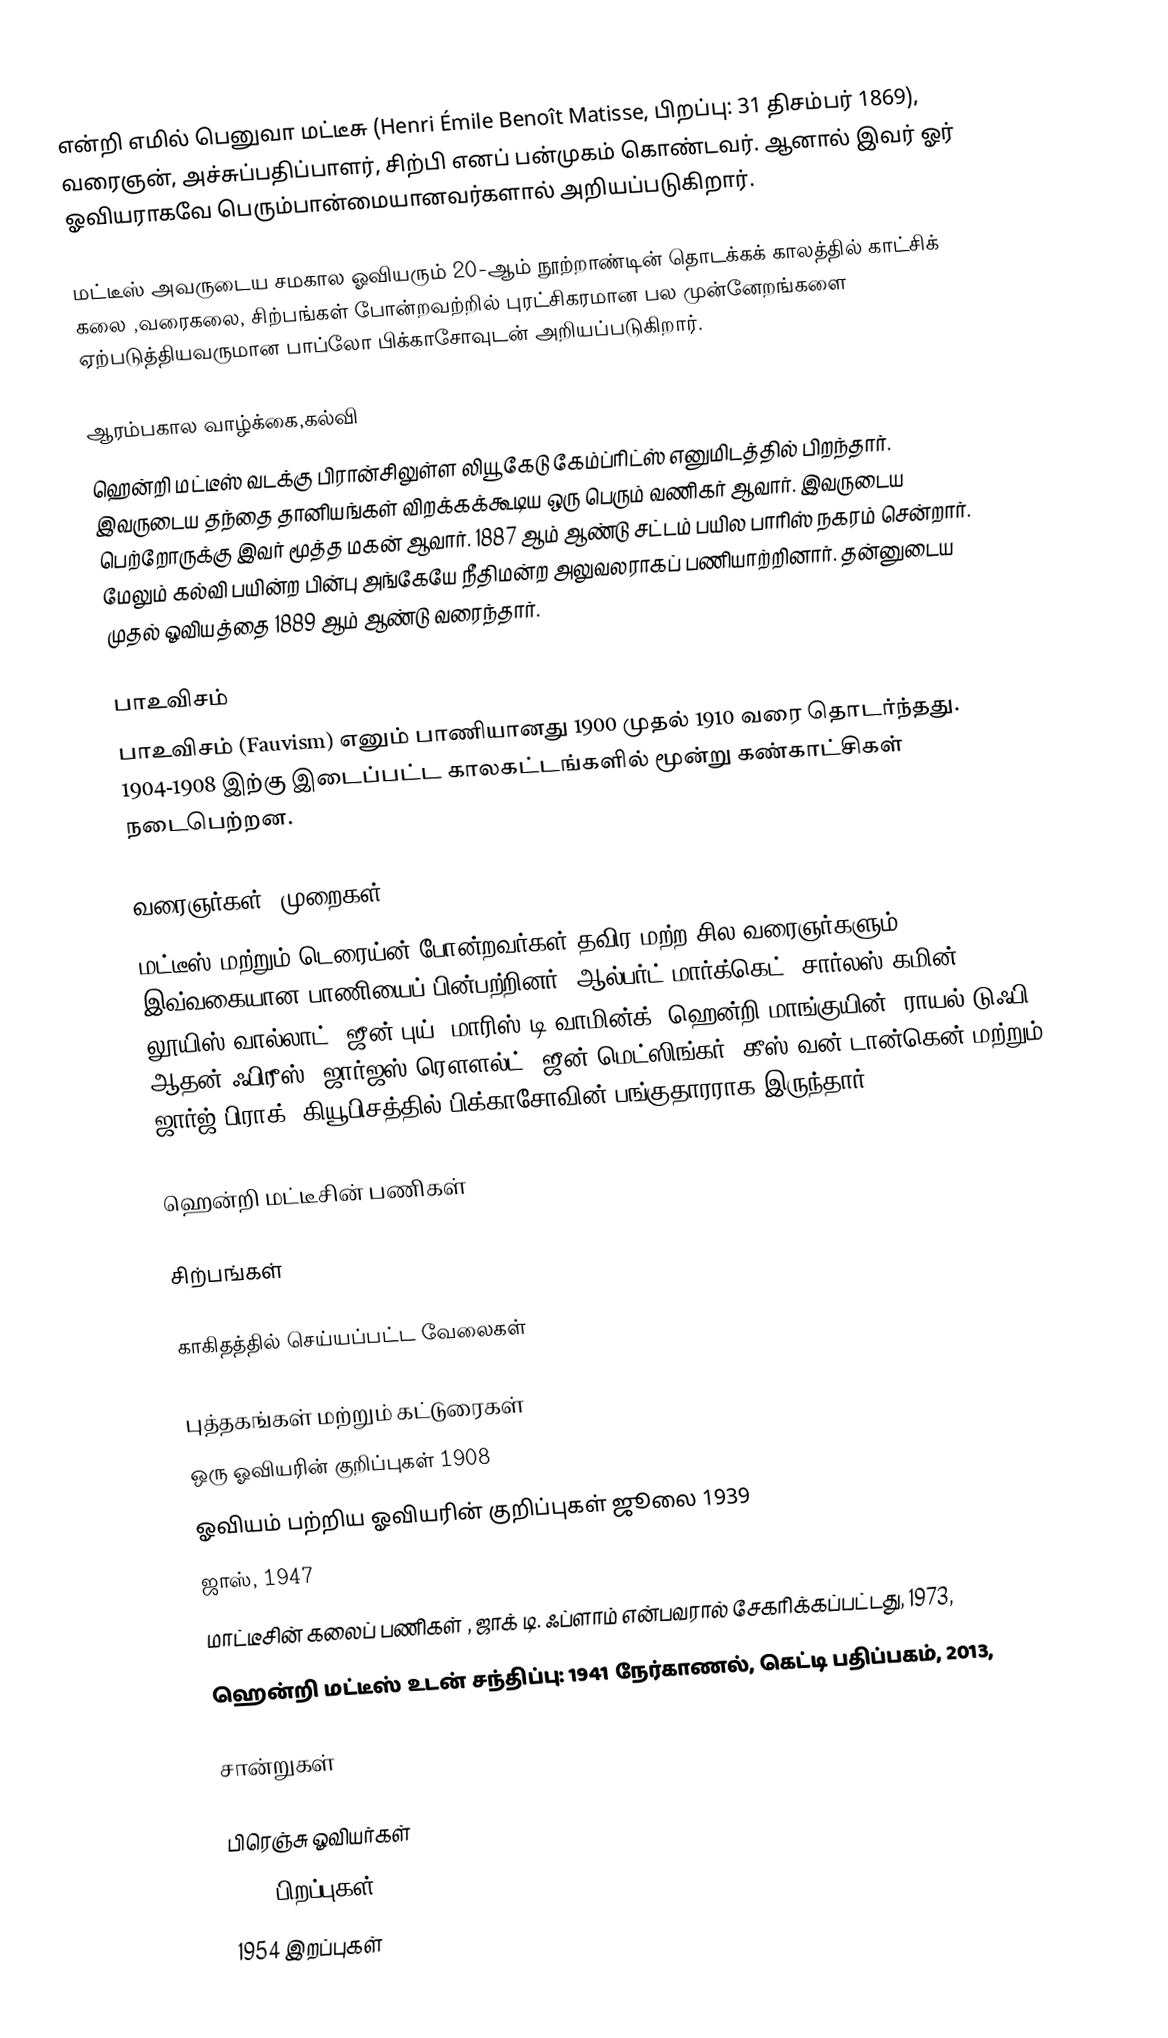
என்றி எமில் பெனுவா மட்டீசு (Henri Émile Benoît Matisse, பிறப்பு: 31 திசம்பர் 1869), வரைஞன், அச்சுப்பதிப்பாளர், சிற்பி எனப் பன்முகம் கொண்டவர். ஆனால் இவர் ஓர் ஓவியராகவே பெரும்பான்மையானவர்களால் அறியப்படுகிறார்.

மட்டீஸ்  அவருடைய சமகால ஓவியரும் 20-ஆம் நூற்றாண்டின்  தொடக்கக் காலத்தில் காட்சிக் கலை ,வரைகலை, சிற்பங்கள் போன்றவற்றில் புரட்சிகரமான பல முன்னேறங்களை ஏற்படுத்தியவருமான பாப்லோ பிக்காசோவுடன் அறியப்படுகிறார்.

ஆரம்பகால வாழ்க்கை,கல்வி
ஹென்றி மட்டீஸ் வடக்கு பிரான்சிலுள்ள லியூ கேடு கேம்ப்ரிட்ஸ் எனுமிடத்தில் பிறந்தார். இவருடைய தந்தை தானியங்கள் விறக்கக்கூடிய ஒரு பெரும் வணிகர் ஆவார். இவருடைய பெற்றோருக்கு இவர் மூத்த மகன் ஆவார். 1887 ஆம் ஆண்டு சட்டம் பயில பாரிஸ் நகரம் சென்றார். மேலும் கல்வி பயின்ற பின்பு அங்கேயே நீதிமன்ற அலுவலராகப் பணியாற்றினார். தன்னுடைய முதல் ஓவியத்தை 1889 ஆம் ஆண்டு வரைந்தார்.

பாஉவிசம்
பாஉவிசம் (Fauvism) எனும் பாணியானது 1900 முதல் 1910 வரை தொடர்ந்தது. 1904-1908 இற்கு இடைப்பட்ட காலகட்டங்களில் மூன்று கண்காட்சிகள் நடைபெற்றன.

வரைஞர்கள் ,முறைகள்
மட்டீஸ் மற்றும் டெரைய்ன் போன்றவர்கள் தவிர மற்ற சில வரைஞர்களும் இவ்வகையான பாணியைப் பின்பற்றினர். ஆல்பர்ட் மார்க்கெட், சார்லஸ் கமின், லூயிஸ் வால்லாட், ஜீன் புய், மாரிஸ் டி வாமின்க், ஹென்றி மாங்குயின், ராயல் டுஃபி, ஆதன்  ஃபிரீஸ், ஜார்ஜஸ் ரௌௗல்ட், ஜீன் மெட்ஸிங்கர், கீஸ் வன் டான்கென்  மற்றும் ஜார்ஜ் பிராக் (கியூபிசத்தில் பிக்காசோவின் பங்குதாரராக இருந்தார் )

ஹென்றி மட்டீசின் பணிகள்

சிற்பங்கள்

காகிதத்தில் செய்யப்பட்ட வேலைகள்

புத்தகங்கள் மற்றும் கட்டுரைகள்
  ஒரு ஓவியரின் குறிப்புகள் 1908
  ஓவியம் பற்றிய ஓவியரின் குறிப்புகள் ஜூலை 1939
  ஜாஸ், 1947
  மாட்டீசின் கலைப் பணிகள் ,  ஜாக் டி. ஃப்ளாம் என்பவரால் சேகரிக்கப்பட்டது, 1973,
  ஹென்றி மட்டீஸ் உடன் சந்திப்பு:  1941 நேர்காணல், கெட்டி பதிப்பகம், 2013,

சான்றுகள்

பிரெஞ்சு ஓவியர்கள்
1869 பிறப்புகள்
1954 இறப்புகள்